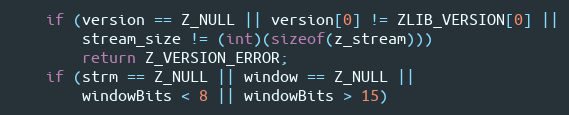
Language: C
    if (version == Z_NULL || version[0] != ZLIB_VERSION[0] ||
        stream_size != (int)(sizeof(z_stream)))
        return Z_VERSION_ERROR;
    if (strm == Z_NULL || window == Z_NULL ||
        windowBits < 8 || windowBits > 15)